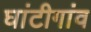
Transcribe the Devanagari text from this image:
घांटीगांव